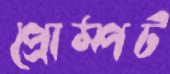
প্রোম্পট